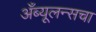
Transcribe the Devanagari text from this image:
अँब्यूलन्सचा